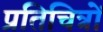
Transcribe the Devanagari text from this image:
प्रतिचित्रों